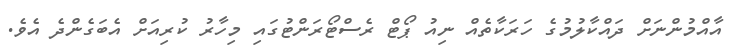
އާއްމުންނަށް ދައްކާލުމުގެ ހަރަކާތެއް ނިއު ޕޯޓް ރެސްޓޯރަންޓުގައި މިހާރު ކުރިއަށް އެބަގެންދެ އެވެ.